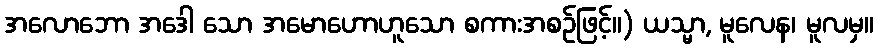
အလောဘော အဒေါ သော အမောဟောဟူသော စကားအစဉ်ဖြင့်။) ယသ္မာ, မူလေန၊ မူလမှ။